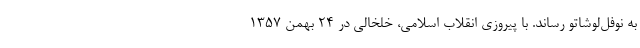
به نوفل‌لوشاتو رساند. با پیروزی انقلاب اسلامی، خلخالی در ۲۴ بهمن ۱۳۵۷